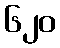
၆၂၀